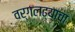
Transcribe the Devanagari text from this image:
वर्गलढ्याचा